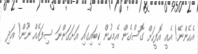
އެހެންނޭ! އެއީ އޮފީހަށް ގޮސްގެން އެމީހުން ކިބައިގައި އަށަގަންނަ ސިފައެއް ނޫން! އަދި